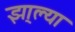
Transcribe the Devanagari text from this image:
झा्ल्या